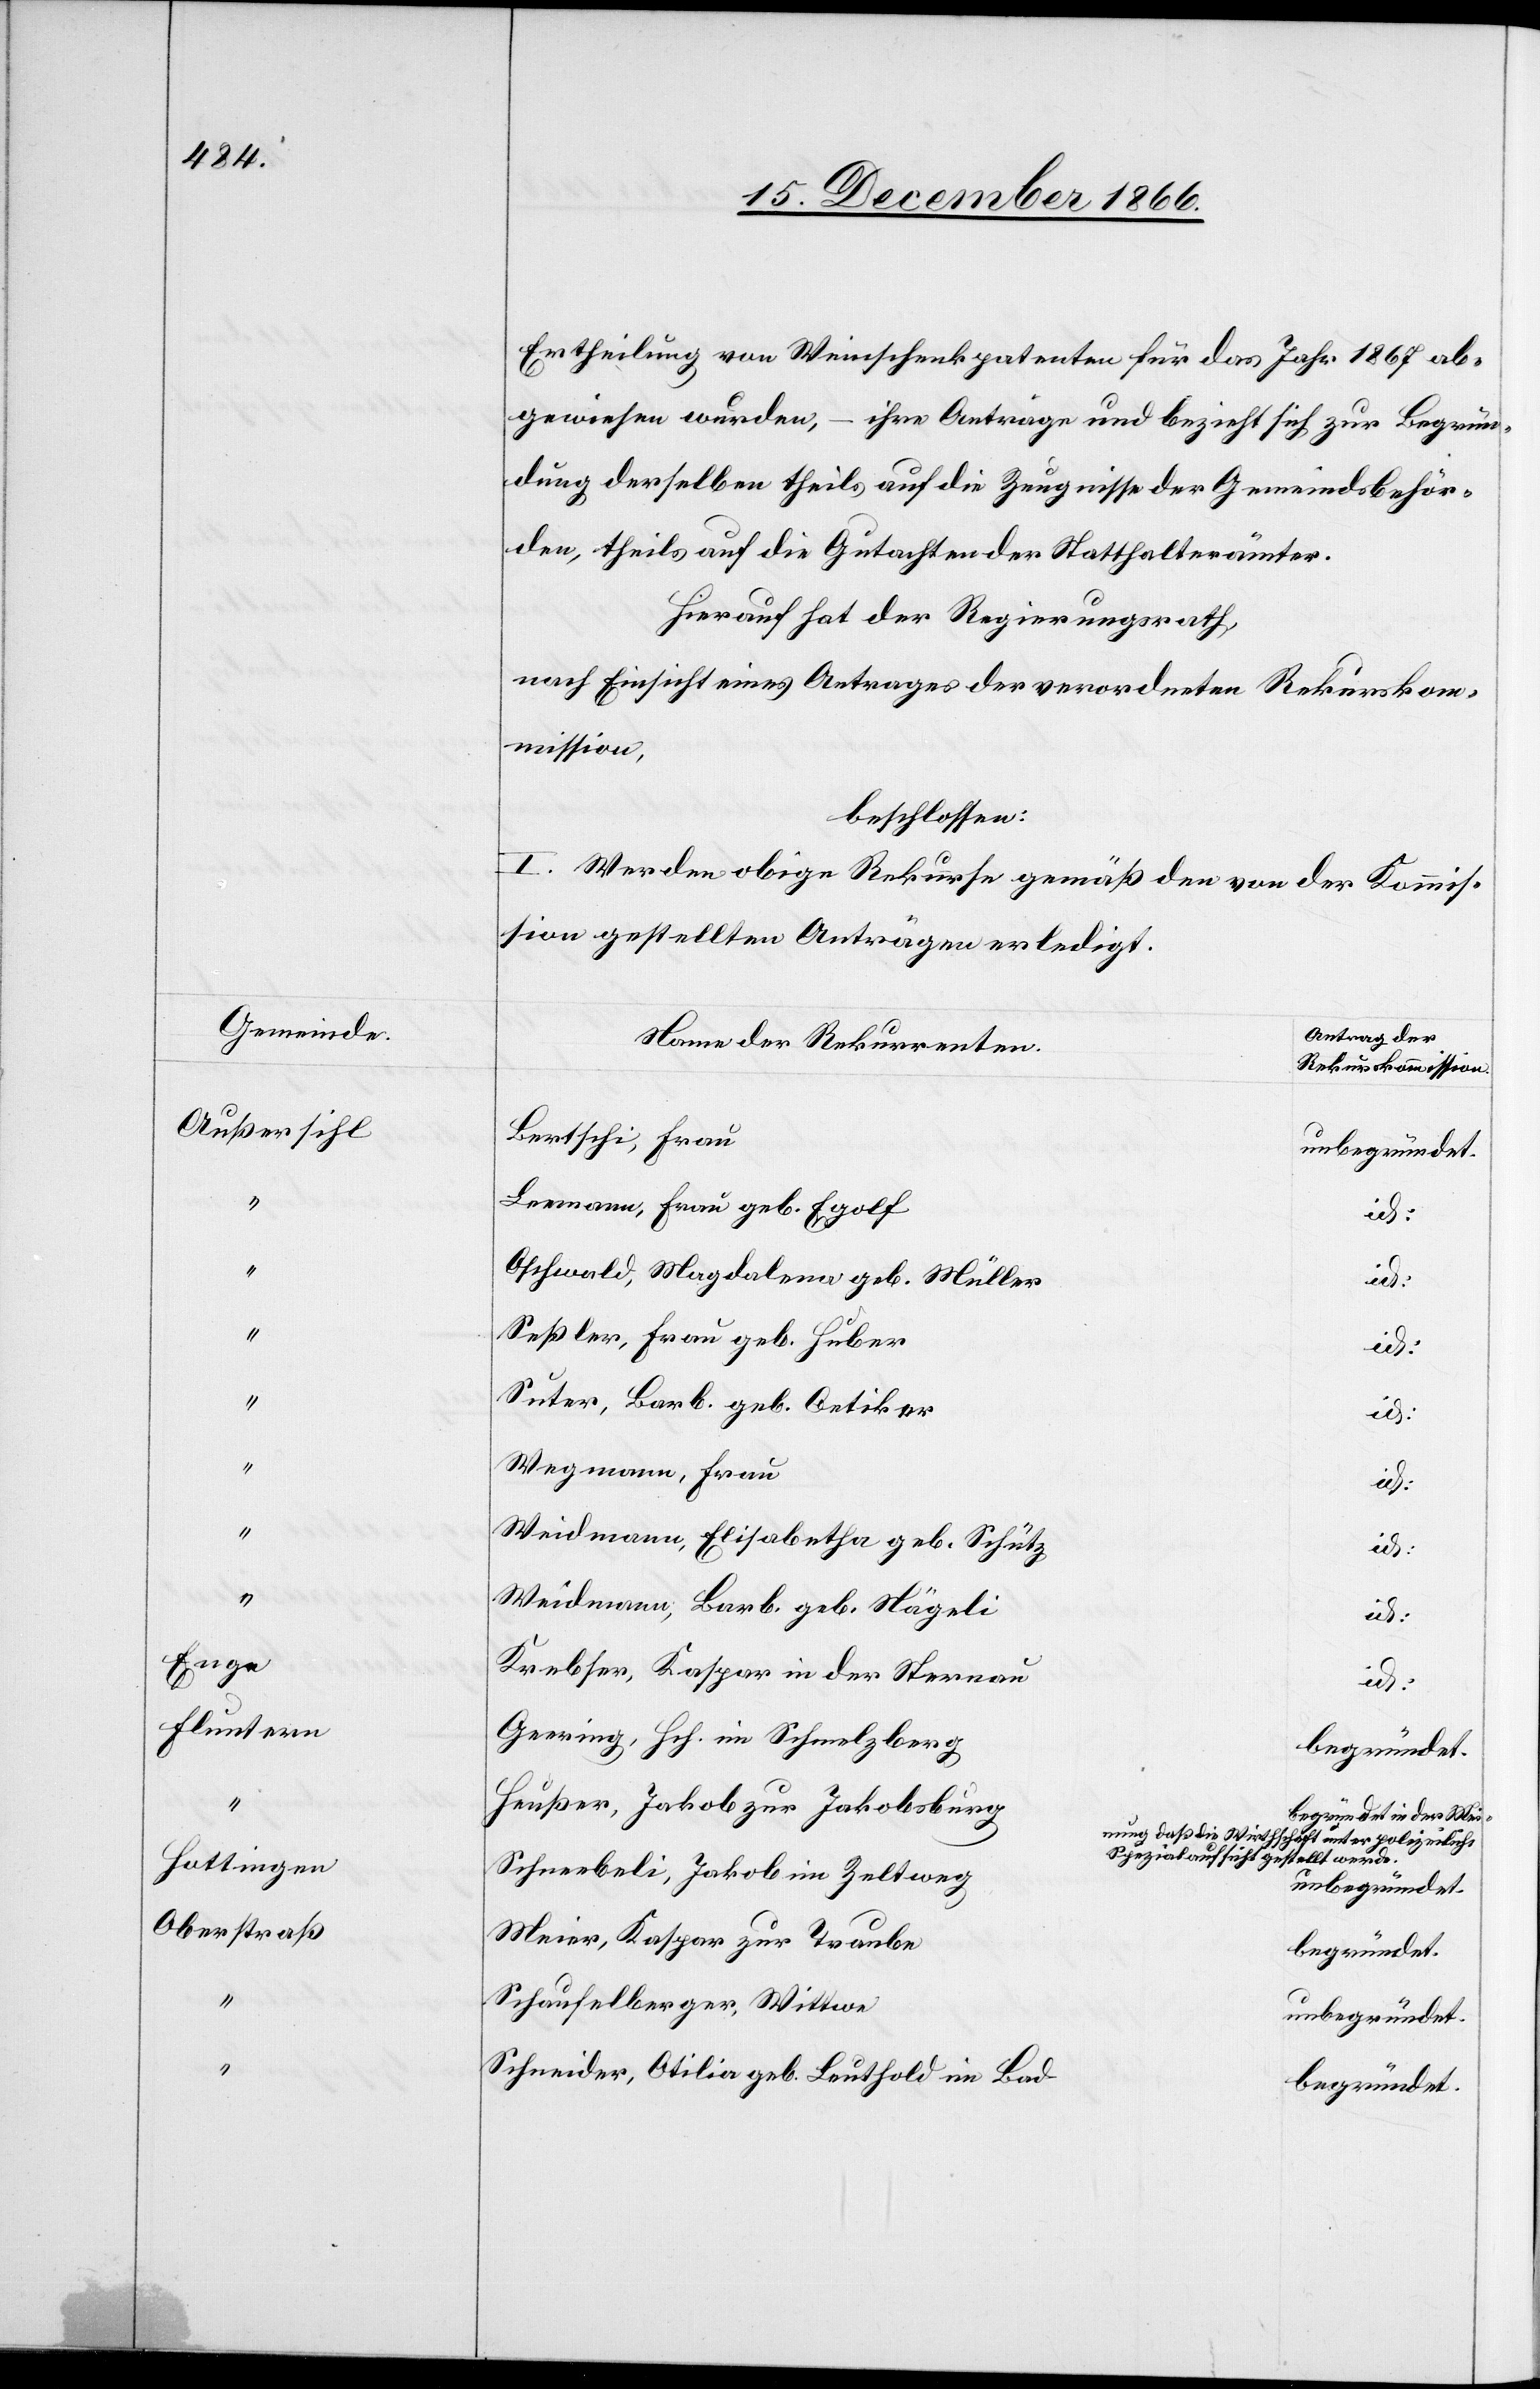
Gemeinde.
Außersihl
Enge
Fluntern
Hottingen
Oberstraß

Ertheilung von Weinschenkpatenten für das Jahr 1867 ab¬
gewiesen wurden, – ihre Anträge und bezieht sich zur Begrün¬
dung derselben theils auf die Zeugnisse der Gemeindsbehör¬
den, theils auf die Gutachten der Statthalterämter.
Hierauf hat der Regierungsrath,
nach Einsicht eines Antrages der verordneten Rekurskom¬
mission,
beschlossen:
I. Werden obige Rekurse gemäß den von der Kommis¬
sion gestellten Anträgen erledigt.
Antrag der
Name der Rekurrenten.
Rekurskommission.
Bertschi, Frau
unbegründet.
Leemann, Frau geb. Egolf
id:
Oschwald, Magdalena geb. Müller
id:
Seßler, Frau geb. Huber
Suter, Barb. geb Oetiker
Wegmann, Frau
id:
Weidmann, Elisabetha geb. Schütz
Weidmann, Barb. geb. Nägeli
Krebser, Kaspar in der Sternau
Geering, Hch. im Schmelzberg
begründet
Heußer, Jakob zur Jakobsburg
begründet in der Mei¬
nung daß die Wirth¬
schaft unter polizeiliche
Spezialaufsicht gestellt werde.
Schneebeli, Jakob im Zeltweg.
Meier, Kaspar zur Traube
begründet
Schaufelberger, Wittwe
unbegründet
Schneider, Otilia geb. Leuthold im Bad
begründet.